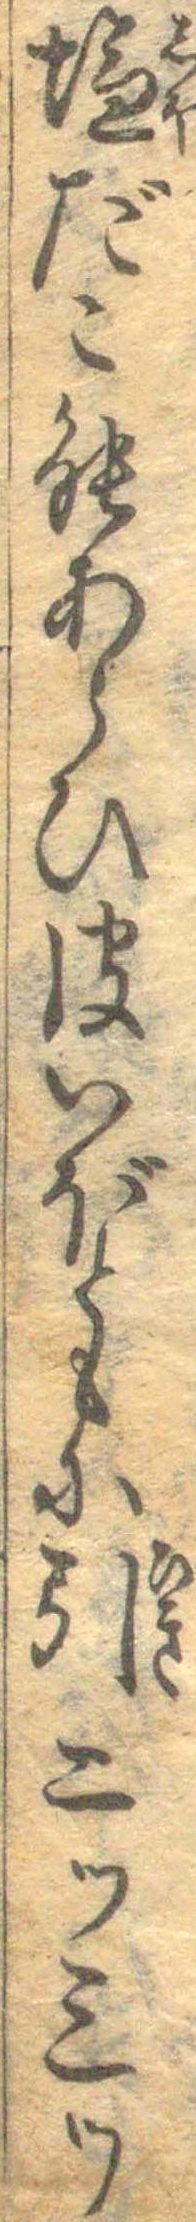
塩だこ能あらひ皮いぼともに引二ツ三ツ